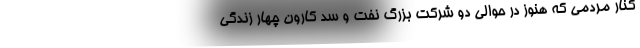
كنار مردمي كه هنوز در حوالي دو شركت بزرگ نفت و سد كارون چهار زندگي